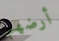
أرضهم